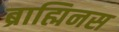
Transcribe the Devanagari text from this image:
ब्राह्मिनस